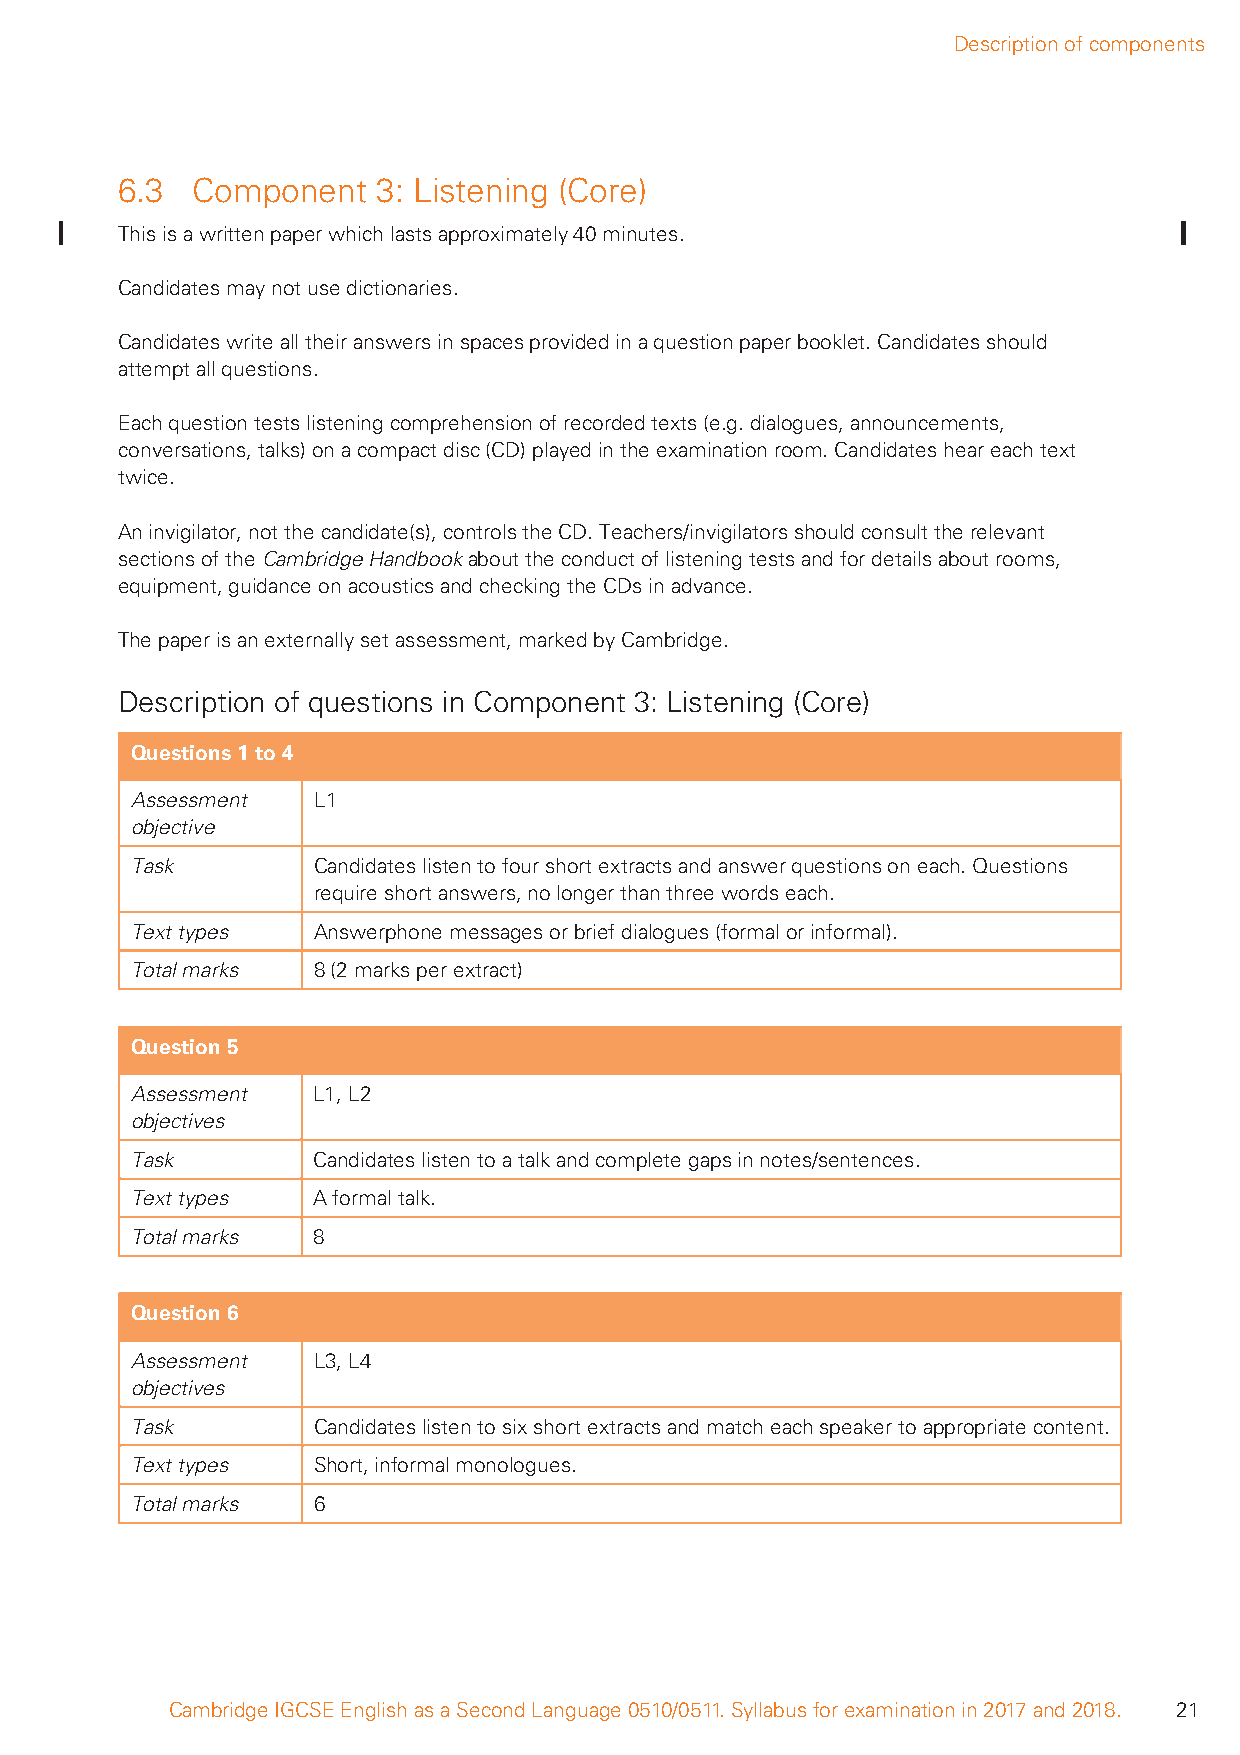
Description of components
 6.3  Component   3: Listening (Core)
 This is a written paper which lasts approximately 40 minutes.
 Candidates may not use dictionaries.
 Candidates write all their answers in spaces provided in a question paper booklet. Candidates should
 attempt all questions.
 Each question tests listening comprehension of recorded texts (e.g. dialogues, announcements,
 conversations, talks) on a compact disc (CD) played in the examination room. Candidates hear each text
 twice.
 An invigilator, not the candidate(s), controls the CD. Teachers/invigilators should consult the relevant
 sections of the Cambridge Handbook about the conduct of listening tests and for details about rooms,
 equipment, guidance on acoustics and checking the CDs in advance.
 The paper is an externally set assessment, marked by Cambridge.
 Description of questions in Component 3: Listening (Core)
 Questions 1 to 4
 Assessment  L1
 objective
 Task        Candidates listen to four short extracts and answer questions on each. Questions
 require short answers, no longer than three words each.
 Text types  Answerphone messages or brief dialogues (formal or informal).
 Total marks 8 (2 marks per extract)
 Question 5
 Assessment  L1, L2
 objectives
 Task        Candidates listen to a talk and complete gaps in notes/sentences.
 Text types  A formal talk.
 Total marks 8
 Question 6
 Assessment  L3, L4
 objectives
 Task        Candidates listen to six short extracts and match each speaker to appropriate content.
 Text types  Short, informal monologues.
 Total marks 6
 Cambridge IGCSE English as a Second Language 0510/0511. Syllabus for examination in 2017 and 2018. 21